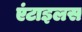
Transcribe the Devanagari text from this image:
एंटाइलस